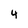
Character: 4